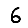
Digit: 6